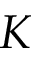
K